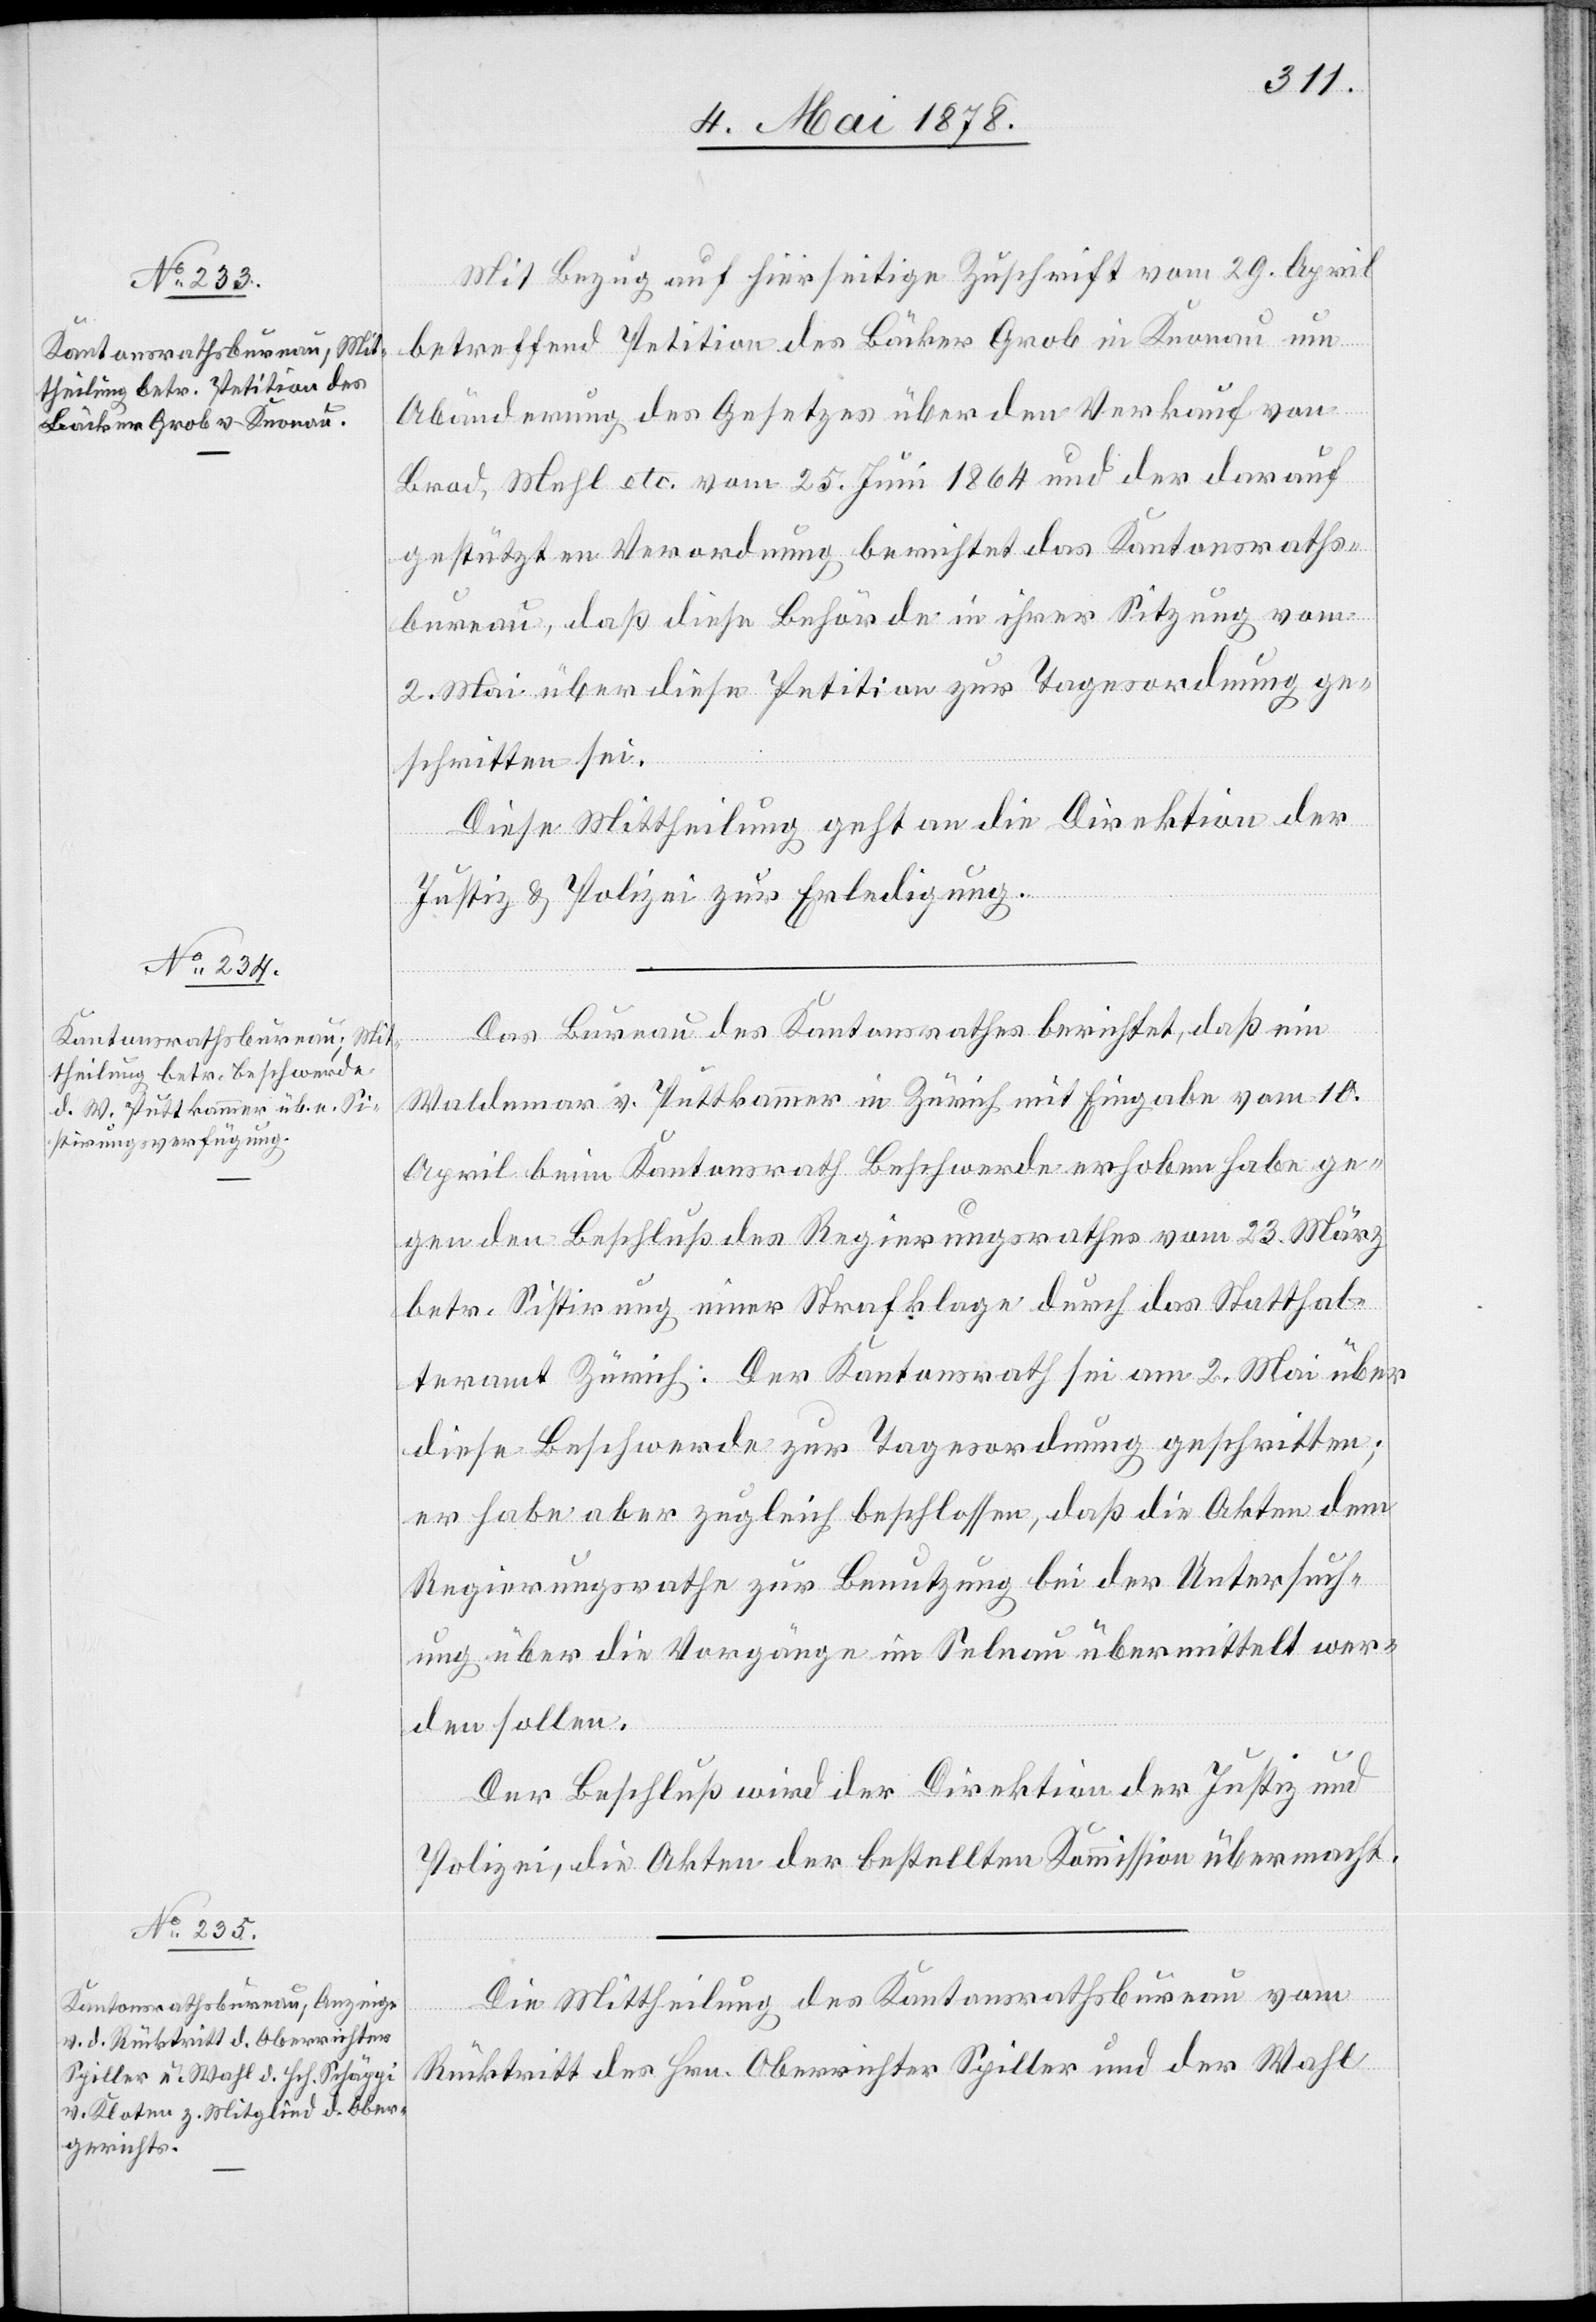
Mit Bezug auf hierseitige Zuschrift vom 29. April
betreffend Petition des Bäcker Grob in Knonau um
Abänderung des Gesetzes über den Verkauf von
Brod, Mehl etc. vom 25. Juni 1864 und der darauf
gestützten Verordnung berichtet das Kantonsraths¬
bureau, daß diese Behörde in ihrer Sitzung vom
2. Mai über diese Petition zur Tagesordnung ge¬
schritten sei.
Diese Mittheilung geht an die Direktion der
Justiz & Polizei zur Erledigung.
Das Bureau des Kantonsrathes berichtet, daß ein
Waldemar v. Puttkammer in Zürich mit Eingabe vom 10.
April beim Kantonsrath Beschwerde erhoben habe ge¬
gen den Beschluß des Regierungsrathes vom 23. März
betr. Sistirung einer Strafklage durch das Statthal¬
teramt Zürich: Der Kantonsrath sei am 2. Mai über
diese Beschwerde zur Tagesordnung geschritten;
er habe aber zugleich beschlossen, daß die Akten dem
Regierungsrathe zur Benutzung bei der Untersuch¬
ung über die Vorgänge im Selnau übermittelt wer¬
den sollen.
Der Beschluß wird der Direktion der Justiz und
Polizei, die Akten der bestellten Kommission übermacht.
Die Mittheilung des Kantonsrathsbureau vom
Rücktritt des Hrn. Oberrichter Spiller und der Wahl